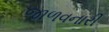
જાળવનારી